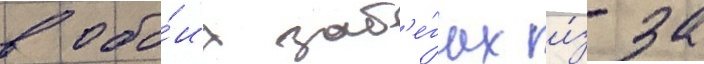
в обо́их заб'е́гах и́з-за